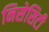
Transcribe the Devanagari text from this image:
निसेसिटी